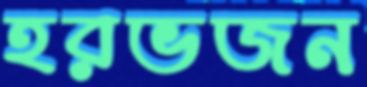
হরভজন